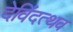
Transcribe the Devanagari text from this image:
देविंदत्थव